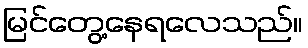
မြင်တွေ့နေရလေသည်။